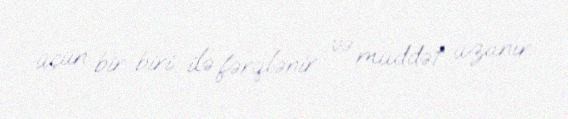
üçün bir-biri ilə fərqlənir və müddət uzanır.